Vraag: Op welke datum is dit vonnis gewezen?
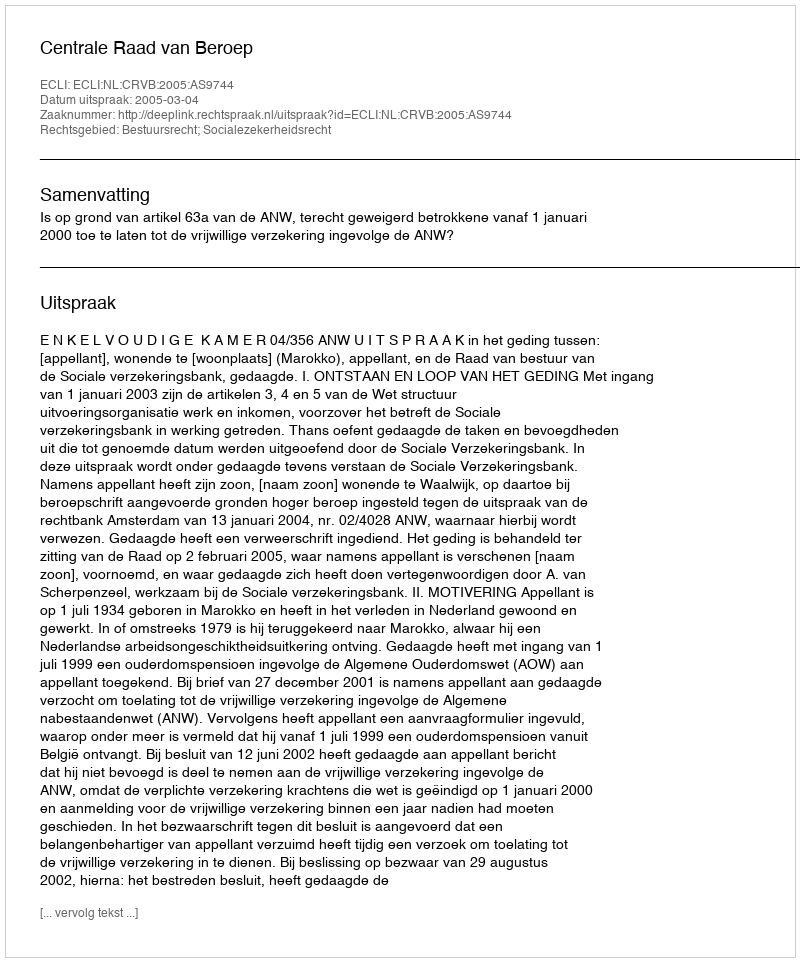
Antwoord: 2005-03-04